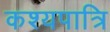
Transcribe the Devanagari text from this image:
कश्यपात्रि